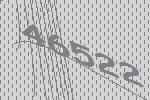
46522